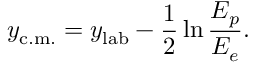
y _ { \mathrm { c . m . } } = y _ { \mathrm { l a b } } - { \frac { 1 } { 2 } } \ln { \frac { E _ { p } } { E _ { e } } } .